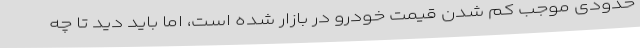
حدودی موجب کم شدن قیمت خودرو در بازار شده است، اما باید دید تا چه